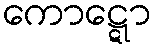
ကောဋ္ဋော